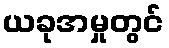
ယခုအမှုတွင်